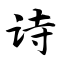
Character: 诗